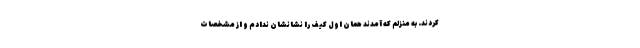
کردند. به منزلم که آمدند همان اول کیف را نشانشان ندادم و از مشخصات